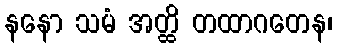
နနော သမံ အတ္ထိ တထာဂတေန၊